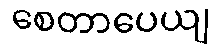
စေတာပေယျ